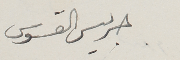
جريس القسوس